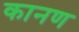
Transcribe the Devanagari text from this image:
कानण